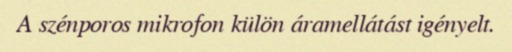
A szénporos mikrofon külön áramellátást igényelt.